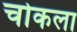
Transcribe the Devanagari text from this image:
चोकला